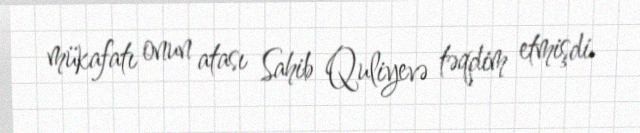
mükafatı onun atası Sahib Quliyevə təqdim etmişdi.